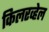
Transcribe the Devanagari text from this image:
किलरव्हेल